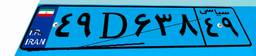
۱۹D۶۹۵۲۴